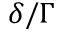
\delta / \Gamma